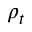
\rho _ { t }